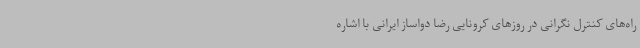
راه‌های کنترل نگرانی در روزهای کرونایی رضا دواساز ایرانی با اشاره